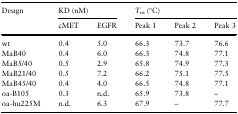
<table><thead><tr><td rowspan="2"><b>Design</b></td><td colspan="2"><b>KD (nM)</b></td><td colspan="3"><b><i>T</i><sub>m</sub> (°C)</b></td></tr><tr><td><b>cMET</b></td><td><b>EGFR</b></td><td><b>Peak 1</b></td><td><b>Peak 2</b></td><td><b>Peak 3</b></td></tr></thead><tbody><tr><td>wt</td><td>0.4</td><td>5.0</td><td>66.3</td><td>73.7</td><td>76.6</td></tr><tr><td>MaB40</td><td>0.4</td><td>6.0</td><td>66.3</td><td>74.8</td><td>77.1</td></tr><tr><td>MaB5/40</td><td>0.5</td><td>2.9</td><td>65.8</td><td>74.9</td><td>77.3</td></tr><tr><td>MaB21/40</td><td>0.5</td><td>7.2</td><td>66.2</td><td>75.1</td><td>77.5</td></tr><tr><td>MaB45/40</td><td>0.4</td><td>4.0</td><td>66.5</td><td>74.8</td><td>77.1</td></tr><tr><td>oa-B105</td><td>0.3</td><td>n.d.</td><td>65.9</td><td>73.8</td><td>–</td></tr><tr><td>oa-hu225M</td><td>n.d.</td><td>6.3</td><td>67.9</td><td>–</td><td>77.7</td></tr></tbody></table>